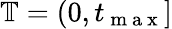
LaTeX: \mathbb{T}=(0,t_{\mathrm{~m~a~x~}}]